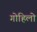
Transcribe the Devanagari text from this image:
गोहिलो